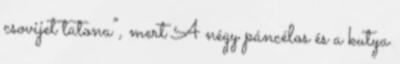
csovijet tatona”, mert A négy páncélos és a kutya